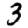
Digit: 3